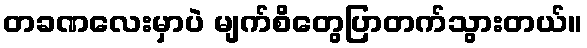
တခဏလေးမှာပဲ မျက်စိတွေပြာတက်သွားတယ်။